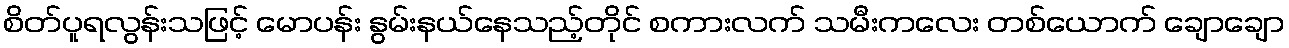
စိတ်ပူရလွန်းသဖြင့် မောပန်း နွမ်းနယ်နေသည့်တိုင် စကားလက် သမီးကလေး တစ်ယောက် ချောချော